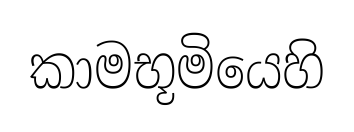
කාමභූමියෙහි